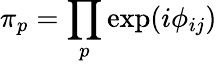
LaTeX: \pi_{p}=\prod_{p}\exp(i\phi_{ij})